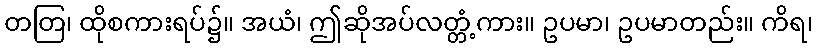
တတြ၊ ထိုစကားရပ်၌။ အယံ၊ ဤဆိုအပ်လတ္တံ့ကား။ ဥပမာ၊ ဥပမာတည်း။ ကိရ၊